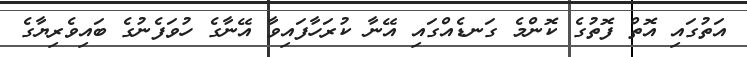
އަތުގައި އޮތް ފޮތުގެ ކޮންމެ ގަނޑެއްގައި އޭނާ ކުރަހާފައިވާ އޭނާގެ ހުވަފެނުގެ ބައިވެރިޔާގެ